Report of the Indian Hemp Drugs Commission, 1894-1895 - Volume VIII
Year: 1894
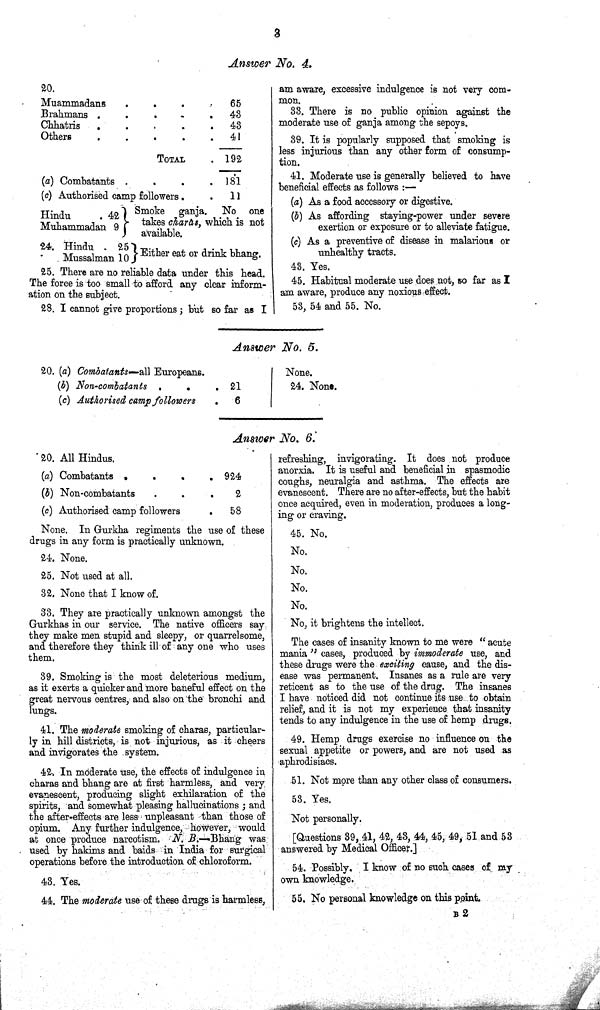
3
Answer No. 4.
20.
Muammadans
65
Brahmans
43
Chhatris
43
Others
41
TOTAL
192
(a) Combatants
181
(c) Authorised camp followers
11
Hindu
42
Muhammadan 9
Smoke ganja. No one
takes charas, which is not
available.
Hindu
42
Muhammadan 9
Smoke ganja. No one
takes char as, which is not
available.
24. Hindu
25
Mussalman 10 Either eat or drink bhang.
25. There are no reliable data under this head.
The force is too small to afford any clear inform-
ation on the subject.
28. I cannot give proportions ; but so far as I
am aware, excessive indulgence is not very com-
mon.
33. There is no public opinion against the
moderate use of ganja among the sepoys.
39. It is popularly supposed that smoking is
less injurious than any other form of consump-
tion.
41. Moderate use is generally believed to have
beneficial effects as follows:—
(a) As a food accessory or digestive.
(b) As affording staying-power under severe
exertion or exposure or to alleviate fatigue.
(c) As a preventive of disease in malarious or
unhealthy tracts.
43. Yes.
45. Habitual moderate use does not, so far as I
am aware, produce any noxious effect.
53, 54 and 55. No.
Answer No. 5.
20. (a) Combatants—all Europeans.
(b) Non-combatants
21
(c) Authorised camp followers
6
None.
24. None.
Answer No. 6.
20. All Hindus.
(a) Combatants
924
(b) Non-combatants
2
(c) Authorised camp followers
58
None. In Gurkha regiments the use of these
drugs in any form is practically unknown.
24. None.
25. Not used at all.
32. None that I know of.
33. They are practically unknown amongst the
Gurkhas in our service. The native officers say
they make men stupid and sleepy, or quarrelsome,
and therefore they think ill of any one who uses
them.
39. Smoking is the most deleterious medium,
as it exerts a quicker and more baneful effect on the
great nervous centres, and also on the bronchi and
lungs.
41. The moderate smoking of charas, particular-
ly in hill districts, is not injurious, as it cheers
and invigorates the system.
42. In moderate use, the effects of indulgence in
charas and bhang are at first harmless, and very
evanescent, producing slight exhilaration of the
spirits, and somewhat pleasing hallucinations; and
the after-effects are less unpleasant than those of
opium. Any further indulgence, however, would
at once produce narcotism. N. B.—Bhang was
used by hakims and baids in India for surgical
operations before the introduction of chloroform.
43. Yes.
44. The moderate use of these drugs is harmless,
refreshing, invigorating. It does not produce
anorxia. It is useful and beneficial in spasmodic
coughs, neuralgia and asthma. The effects are
evanescent. There are no after-effects, but the habit
once acquired, even in moderation, produces a long-
ing or craving.
45. No.
No.
No.
No.
No.
No, it brightens the intellect.
The cases of insanity known to me were "acute
mania" cases, produced by immoderate use, and
these drugs were the exciting cause, and the dis-
ease was permanent. Insanes as a rule are very
reticent as to the use of the drug. The insanes
I have noticed did not continue its use to obtain
relief, and it is not my experience that insanity
tends to any indulgence in the use of hemp drugs.
49. Hemp drugs exercise no influence on the
sexual appetite or powers, and are not used as
aphrodisiacs.
51. Not more than any other class of consumers.
53. Yes.
Not personally.
[Questions 39, 41, 42, 43, 44, 45, 49, 51 and 53
answered by Medical Officer.]
54. Possibly. I know of no such cases of my
own knowledge.
55. No personal knowledge on this point.
B 2